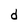
Character: d